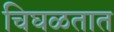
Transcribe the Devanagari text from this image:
चिघळतात